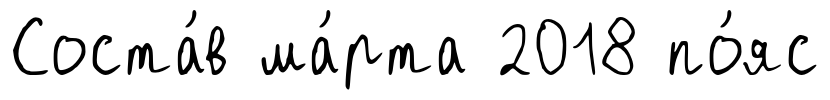
Соста́в ма́рта 2018 по́яс